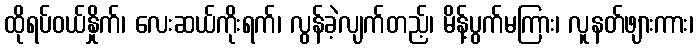
ထိုရပ်ဝယ်နှိုက်၊ လေးဆယ်ကိုးရက်၊ လွန်ခဲ့လျက်တည့်၊ မိန့်ပွက်မကြား၊ လူနတ်ဖျားကား၊